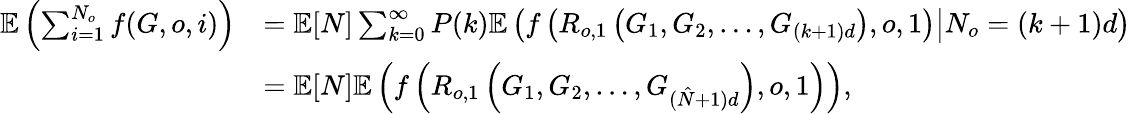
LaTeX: \begin{array}{rl}{\mathbb{E}\left(\sum_{i=1}^{N_{o}}f(G,o,i)\right)}&{=\mathbb{E}[N]\sum_{k=0}^{\infty}P(k)\mathbb{E}\left(f\left(R_{o,1}\left(G_{1},G_{2},\ldots,G_{(k+1)d}\right),o,1\right)\big|N_{o}=(k+1)d\right)}\\ &{=\mathbb{E}[N]\mathbb{E}\left(f\left(R_{o,1}\left(G_{1},G_{2},\ldots,G_{(\hat{N}+1)d}\right),o,1\right)\right),}\end{array}